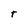
Character: T